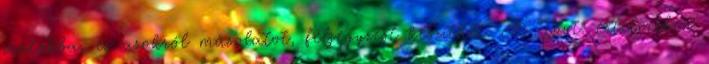
iratokba, és azokról másolatot, feljegyzést készíthet. A Tpvt. értelmében